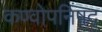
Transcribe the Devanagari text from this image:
कण्वोपनिषद्‌